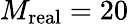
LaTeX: M_{\mathrm{real}}=20